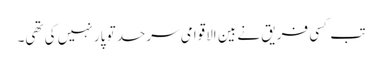
تب کسی فریق نے بین الاقوامی سرحد تو پار نہیں کی تھی۔